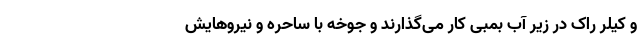
و کیلر راک در زیر آب بمبی کار می‌گذارند و جوخه با ساحره و نیروهایش